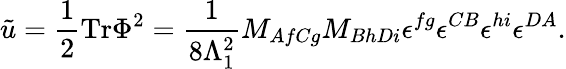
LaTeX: \tilde{u}=\frac{1}{2}\mathrm{Tr}\Phi^{2}=\frac{1}{8\Lambda_{1}^{2}}M_{AfCg}M_{BhDi}\epsilon^{fg}\epsilon^{CB}\epsilon^{hi}\epsilon^{DA}.